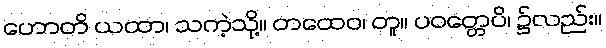
ဟောတိ ယထာ၊ သကဲ့သို့။ တထေဝ၊ တူ။ ပဝတ္တေပိ၊ ၌လည်း။